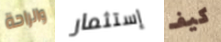
والراحة إستثمار كيف